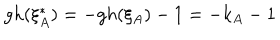
g h ( \xi _ { A } ^ { * } ) = - g h ( \xi _ { A } ) - 1 = - k _ { A } - 1